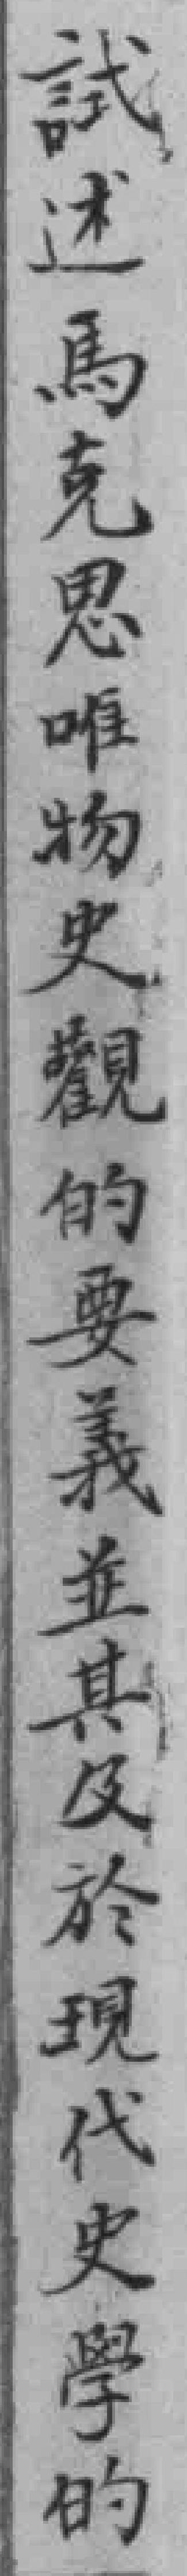
試述馬克思唯物史觀的要義並其及於現代史學的